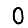
Digit: 0